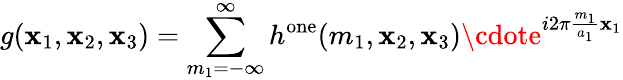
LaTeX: g(\mathbf{x}_{1},\mathbf{x}_{2},\mathbf{x}_{3})=\sum_{m_{1}=-\infty}^{\infty}h^{\mathrm{{one}}}(m_{1},\mathbf{x}_{2},\mathbf{x}_{3})\cdote^{i2\pi{\frac{{m_{1}}}{{a_{1}}}}\mathbf{x}_{1}}